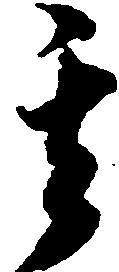
其